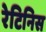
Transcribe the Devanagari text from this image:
रेटिनिस